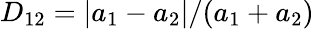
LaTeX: D_{12}=|a_{1}-a_{2}|/(a_{1}+a_{2})